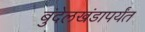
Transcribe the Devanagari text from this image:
बुंदेलखंडापर्यंत